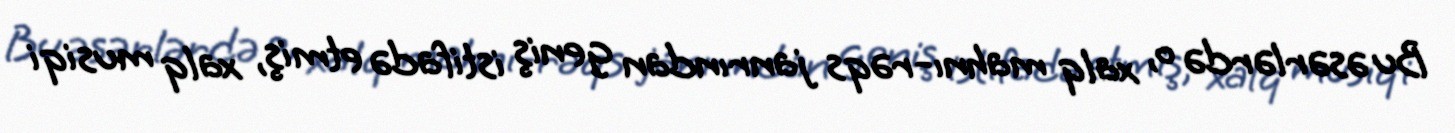
Bu əsərlərdə o, xalq mahnı-rəqs janrından geniş istifadə etmiş, xalq musiqi